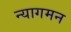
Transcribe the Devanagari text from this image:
न्यागमन